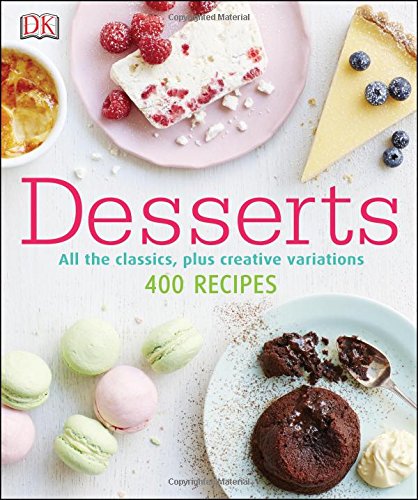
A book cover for Desserts; Caroline Bretherton; Cookbooks, Food & Wine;